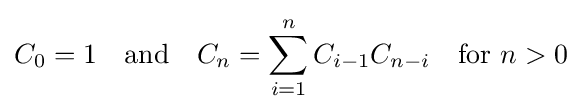
C_{0}=1\quad {\text{and}}\quad C_{n}=\sum _{i=1}^{n}C_{i-1}C_{n-i}\quad {\text{for }}n>0